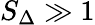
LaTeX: S_{\Delta}\gg 1